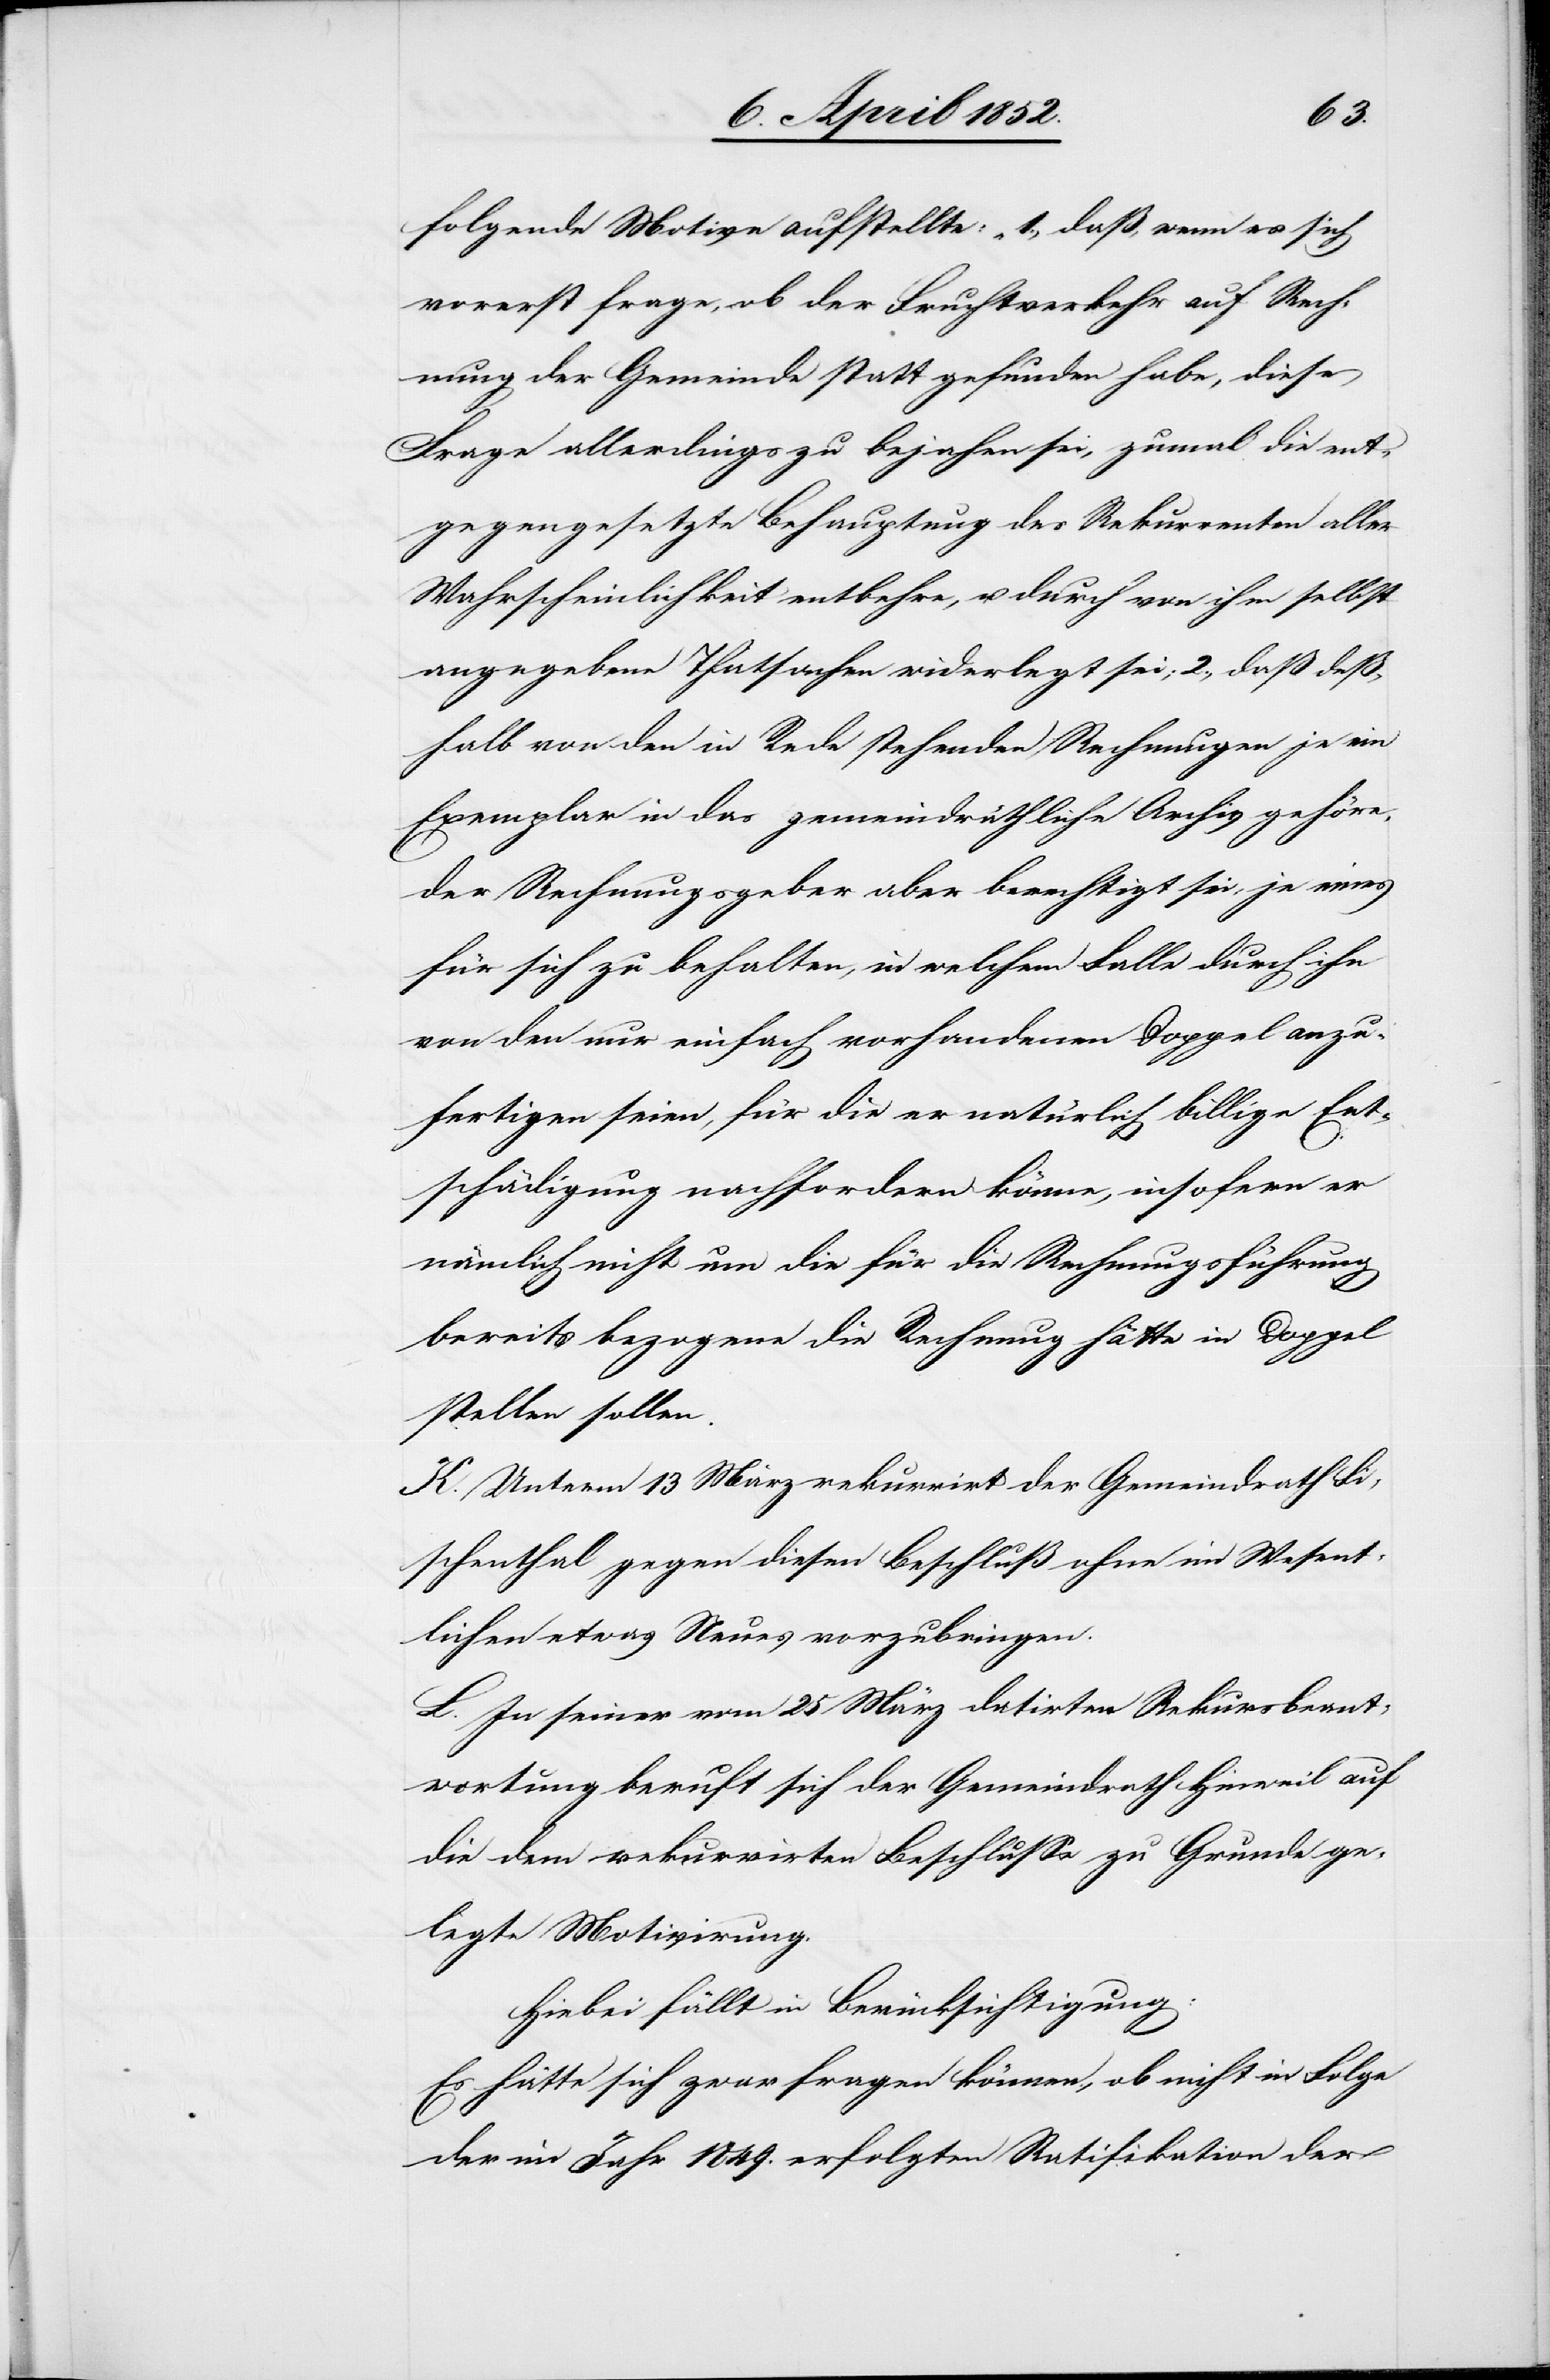
folgende Motive aufstellte: „1., daß, wenn es sich
vorerst frage, ob der Fruchtverkehr auf Rech¬
nung der Gemeinde statt gefunden habe, diese
Frage allerdings zu bejahen sei, zumal die ent¬
gegengesetzte Behauptung des Rekurrenten aller
Wahrscheinlichkeit entbehre, u. durch von ihm selbst
angegebene Thatsachen widerlegt sei; 2., daß deß¬
halb von den in Rede stehenden Rechnungen je ein
Exemplar in das gemeindräthliche Archiv gehöre,
der Rechnungsgeber aber berechtigt sei, je eines
für sich zu behalten, in welchem Falle durch ihn
von den nur einfach vorhandenen Doppel anzu¬
fertigen seien, für die er natürlich billige Ent¬
schädigung nachfordern könne, insofern er
nämlich nicht um die für die Rechnungsführung
bereits bezogene die Rechnung hätte in Doppel
stellen sollen.[“]
K. Unterm 13 März rekurrirte der Gemeindrath Fi¬
schenthal gegen diesen Beschluß ohne im Wesent¬
lichen etwas Neues vorzubringen.
L. In seiner vom 25 März datirten Rekursbeant¬
wortung beruft sich der Gemeindrath Hinweil auf
die dem rekurrirten Beschlusse zu Grunde ge¬
legte Motivirung.
Hiebei fällt in Berücksichtigung:
Es hätte sich zwar fragen können, ob nicht in Folge
der im Jahr 1849. erfolgten Ratifikation der